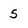
Character: 5